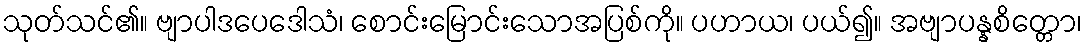
သုတ်သင်၏။ ဗျာပါဒပေဒေါသံ၊ စောင်းမြောင်းသောအပြစ်ကို။ ပဟာယ၊ ပယ်၍။ အဗျာပန္နစိတ္တော၊